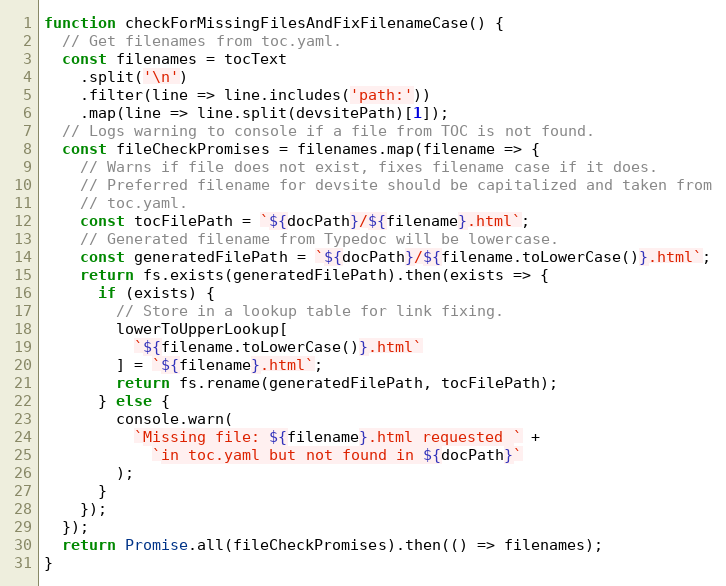
Language: JavaScript
function checkForMissingFilesAndFixFilenameCase() {
  // Get filenames from toc.yaml.
  const filenames = tocText
    .split('\n')
    .filter(line => line.includes('path:'))
    .map(line => line.split(devsitePath)[1]);
  // Logs warning to console if a file from TOC is not found.
  const fileCheckPromises = filenames.map(filename => {
    // Warns if file does not exist, fixes filename case if it does.
    // Preferred filename for devsite should be capitalized and taken from
    // toc.yaml.
    const tocFilePath = `${docPath}/${filename}.html`;
    // Generated filename from Typedoc will be lowercase.
    const generatedFilePath = `${docPath}/${filename.toLowerCase()}.html`;
    return fs.exists(generatedFilePath).then(exists => {
      if (exists) {
        // Store in a lookup table for link fixing.
        lowerToUpperLookup[
          `${filename.toLowerCase()}.html`
        ] = `${filename}.html`;
        return fs.rename(generatedFilePath, tocFilePath);
      } else {
        console.warn(
          `Missing file: ${filename}.html requested ` +
            `in toc.yaml but not found in ${docPath}`
        );
      }
    });
  });
  return Promise.all(fileCheckPromises).then(() => filenames);
}